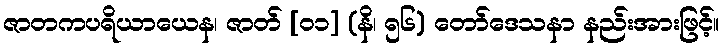
ဇာတကပရိယာယေန၊ ဇာတ် [၀၁] (နိ၊ ၅၆) တော်ဒေသနာ နည်းအားဖြင့်။